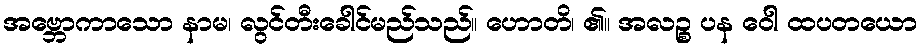
အဗ္ဘောကာသော နာမ၊ လွင်တီးခေါင်မည်သည်။ ဟောတိ၊ ၏။ အလဉ္စ ပန ဝေါ ထပတယော